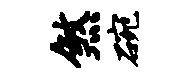
煞碗